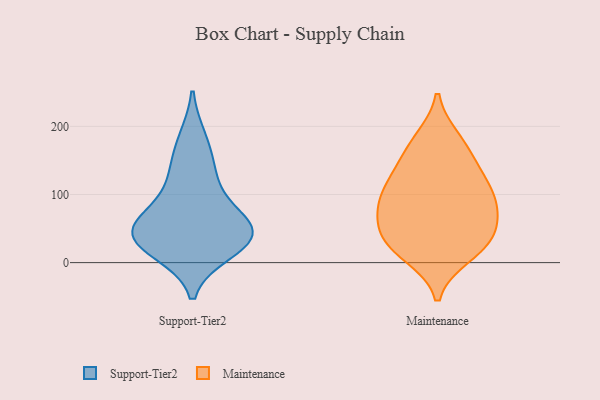
{"axis": {"x": "Backlog", "y": "Value"}, "legend": ["Maintenance", "Support-Tier2"], "data": [{"x": "", "y": 54, "type": "Support-Tier2"}, {"x": "", "y": 33, "type": "Support-Tier2"}, {"x": "", "y": 180, "type": "Support-Tier2"}, {"x": "", "y": 44, "type": "Support-Tier2"}, {"x": "", "y": 32, "type": "Support-Tier2"}, {"x": "", "y": 67, "type": "Support-Tier2"}, {"x": "", "y": 139, "type": "Support-Tier2"}, {"x": "", "y": 46, "type": "Support-Tier2"}, {"x": "", "y": 18, "type": "Support-Tier2"}, {"x": "", "y": 110, "type": "Support-Tier2"}, {"x": "", "y": 98, "type": "Maintenance"}, {"x": "", "y": 25, "type": "Maintenance"}, {"x": "", "y": 32, "type": "Maintenance"}, {"x": "", "y": 52, "type": "Maintenance"}, {"x": "", "y": 148, "type": "Maintenance"}, {"x": "", "y": 89, "type": "Maintenance"}, {"x": "", "y": 48, "type": "Maintenance"}, {"x": "", "y": 10, "type": "Maintenance"}, {"x": "", "y": 15, "type": "Maintenance"}, {"x": "", "y": 182, "type": "Maintenance"}, {"x": "", "y": 54, "type": "Maintenance"}, {"x": "", "y": 96, "type": "Maintenance"}, {"x": "", "y": 78, "type": "Maintenance"}, {"x": "", "y": 100, "type": "Maintenance"}, {"x": "", "y": 127, "type": "Maintenance"}, {"x": "", "y": 178, "type": "Maintenance"}, {"x": "", "y": 138, "type": "Maintenance"}]}